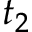
t _ { 2 }